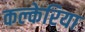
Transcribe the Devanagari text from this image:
कल्केरिया